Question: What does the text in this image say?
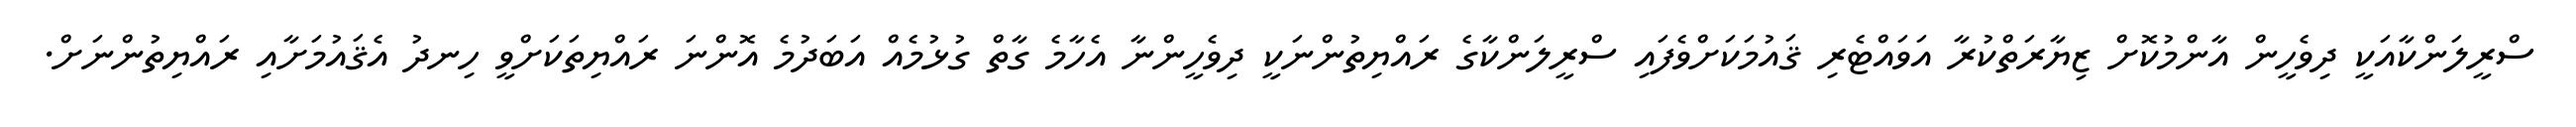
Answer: ސްރީލަންކާއަކީ ދިވެހީން އާންމުކޮށް ޒިޔާރަތްކުރާ އަވައްޓެރި ޤައުމަކަށްވެފައި ސްރީލަންކާގެ ރައްޔިތުންނަކީ ދިވެހީންނާ އެހާމެ ގާތް ގުޅުމެއް އަބަދުމެ އޮންނަ ރައްޔިތަކަށްވީ ހިނދު އެޤައުމަށާއި ރައްޔިތުންނަށް.